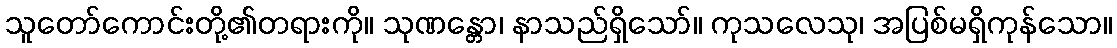
သူတော်ကောင်းတို့၏တရားကို။ သုဏန္တော၊ နာသည်ရှိသော်။ ကုသလေသု၊ အပြစ်မရှိကုန်သော။